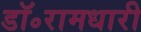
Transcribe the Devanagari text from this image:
डॉ॰रामधारी